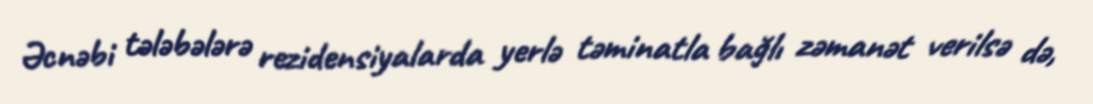
Əcnəbi tələbələrə rezidensiyalarda yerlə təminatla bağlı zəmanət verilsə də,